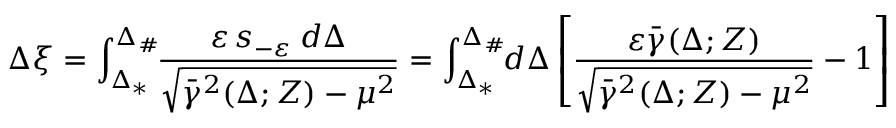
\Delta \xi = \int _ { \Delta _ { * } } ^ { \Delta _ { \# } } \! \! \frac { \varepsilon \, s _ { - \varepsilon } \: d \Delta } { \sqrt { \bar { \gamma } ^ { 2 } ( \Delta ; Z ) - \mu ^ { 2 } } } = \displaystyle \int _ { \Delta _ { * } } ^ { \Delta _ { \# } } \! \! d \Delta \left[ \frac { \varepsilon \bar { \gamma } ( \Delta ; Z ) } { \sqrt { \bar { \gamma } ^ { 2 } ( \Delta ; Z ) - \mu ^ { 2 } } } - 1 \right]